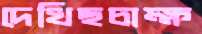
দেখিছচাক্ষ